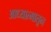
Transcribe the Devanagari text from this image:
आध्यात्मातून